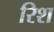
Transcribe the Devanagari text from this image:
रिश